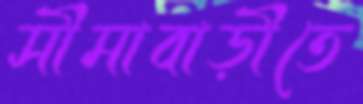
সীমাবাড়ীতে